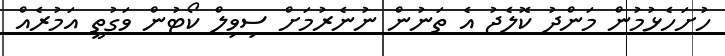
ހުށަހެޅުމުން މަންދު ކޮލެޖު އެ ތަނުން ނުނެރުމަށް ސިވިލް ކޯޓުން ވަގުތީ އަމުރެއް